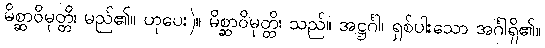
မိစ္ဆာဝိမုတ္တိ၊ မည်၏။ ဟုပေး)။ မိစ္ဆာဝိမုတ္တိ၊ သည်။ အဋ္ဌင်္ဂါ၊ ရှစ်ပါးသော အင်္ဂါရှိ၏။